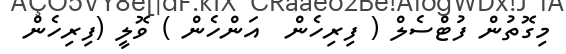
މިގޮތުން ފުޓްސެލް ( ފިރިހެން  އަންހެން ) ވޮލީ (ފިރިހެން